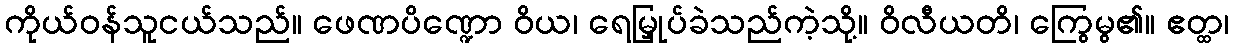
ကိုယ်ဝန်သူငယ်သည်။ ဖေဏပိဏ္ဍော ဝိယ၊ ရေမြှုပ်ခဲသည်ကဲ့သို့။ ဝိလီယတိ၊ ကြွေမွ၏။ ဧတ္ထ၊